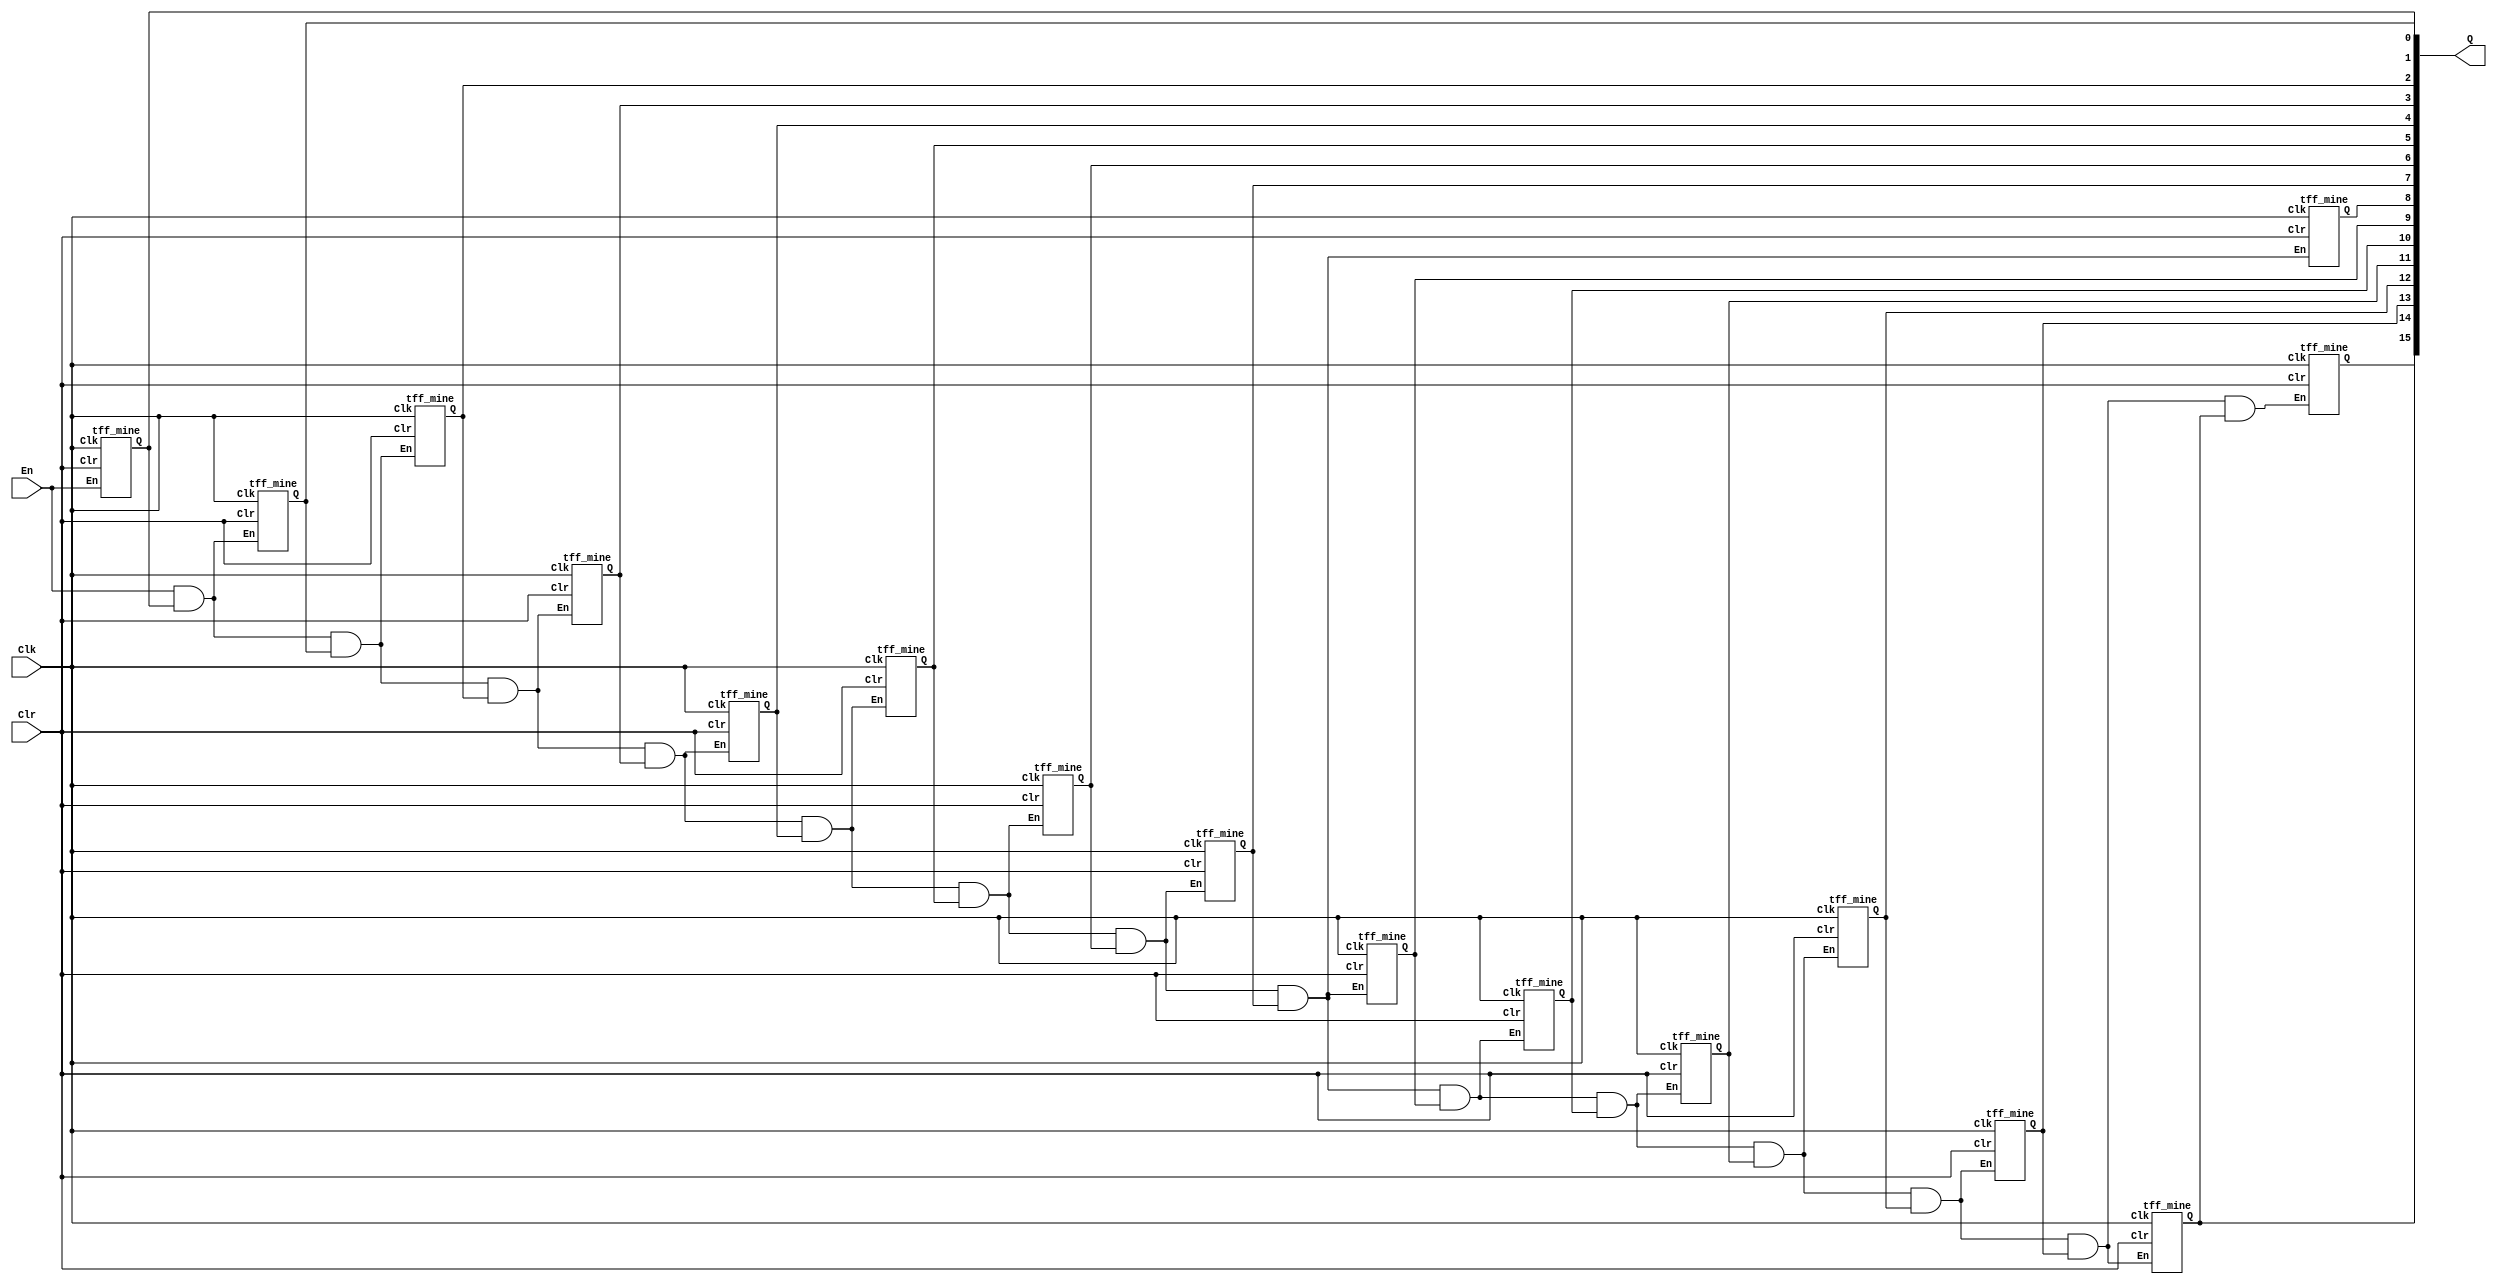
module part2 (En, Clk, Clr, Q);
  input En, Clk, Clr;
  output [15:0] Q;

  wire [15:0] T, Qs;

  tff_mine T0 (En, Clk, Clr, Qs[0]);
  assign T[0] = En & Qs[0];

  tff_mine T1 (T[0], Clk, Clr, Qs[1]);
  assign T[1] = T[0] & Qs[1];

  tff_mine T2 (T[1], Clk, Clr, Qs[2]);
  assign T[2] = T[1] & Qs[2];

  tff_mine T3 (T[2], Clk, Clr, Qs[3]);
  assign T[3] = T[2] & Qs[3];

  tff_mine T4 (T[3], Clk, Clr, Qs[4]);
  assign T[4] = T[3] & Qs[4];

  tff_mine T5 (T[4], Clk, Clr, Qs[5]);
  assign T[5] = T[4] & Qs[5];

  tff_mine T6 (T[5], Clk, Clr, Qs[6]);
  assign T[6] = T[5] & Qs[6];

  tff_mine T7 (T[6], Clk, Clr, Qs[7]);
  assign T[7] = T[6] & Qs[7];

  tff_mine T8 (T[7], Clk, Clr, Qs[8]);
  assign T[8] = T[7] & Qs[8];

  tff_mine T9 (T[7], Clk, Clr, Qs[9]);
  assign T[9] = T[7] & Qs[9];

  tff_mine T10 (T[9], Clk, Clr, Qs[10]);
  assign T[10] = T[9] & Qs[10];

  tff_mine T11 (T[10], Clk, Clr, Qs[11]);
  assign T[11] = T[10] & Qs[11];

  tff_mine T12 (T[11], Clk, Clr, Qs[12]);
  assign T[12] = T[11] & Qs[12];

  tff_mine T13 (T[12], Clk, Clr, Qs[13]);
  assign T[13] = T[12] & Qs[13];

  tff_mine T14 (T[13], Clk, Clr, Qs[14]);
  assign T[14] = T[13] & Qs[14];

  tff_mine T15 (T[14], Clk, Clr, Qs[15]);
  //assign T[15] = T[14] & Qs[15];

  assign Q = Qs;
endmodule

module tff_mine (En, Clk, Clr, Q);
  input En, Clk, Clr;
  output reg Q;

  always @ (posedge Clk)
    if (Clr)
      Q = 0;
    else if (En)
      Q <= Q + 1;

endmodule